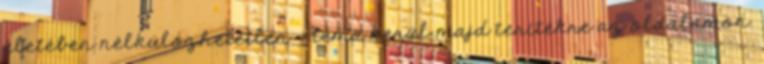
életében nélkülözhetetlen - téma kerül majd terítékre az oldalamon.